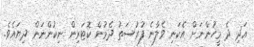
އަދި ދެ މީހުންނަށް އެކަނި ވެލާނެ ފުރުސަތު ދެމުން ކޮޓަރިން ނިކުންނަން ދިޔައެވެ.